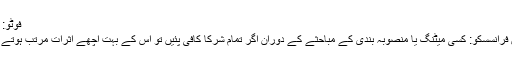
فوٹو: فائل
سان فرانسسكو: کسی میٹنگ یا منصوبہ بندی کے مباحثے کے دوران اگر تمام شرکا کافی پئیں تو اس کے بہت اچھے اثرات مرتب ہوتے ہیں۔